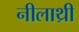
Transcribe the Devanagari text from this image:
नीलाथ्री